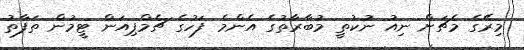
މިރޭގެ މެޗަށް ނިއު ނުކުތީ މުބާރާތުގެ އެންމެ ފަހުގެ ޗެމްޕިއަން ޓީމުން ތަފާތު